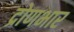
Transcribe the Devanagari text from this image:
द्रोणभार